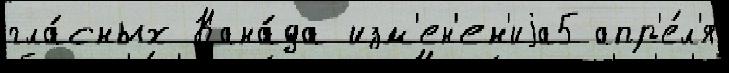
гла́сных Кана́да изм'ен'ен'иjа5 апр'е́л'я